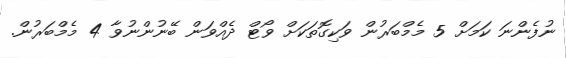
ނުފެންނަ ކަމަށް 5 މެމްބަރުން ވަކިގޮތަކަށް ވޯޓް ދެއްވަން ބޭނުންނުވާ 4 މެމްބަރުން.